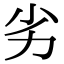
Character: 劣